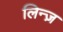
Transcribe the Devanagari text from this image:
लिन्ज़